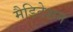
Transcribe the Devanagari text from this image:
मैडिटेशन